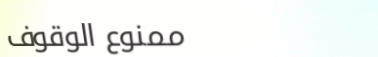
ممنوع الوقوف